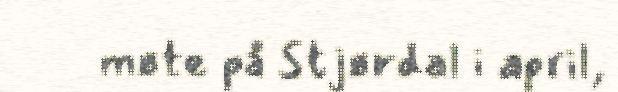
møte på Stjørdal i april,